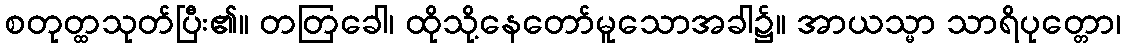
စတုတ္ထသုတ်ပြီး၏။ တတြခေါ၊ ထိုသို့နေတော်မူသောအခါ၌။ အာယသ္မာ သာရိပုတ္တော၊